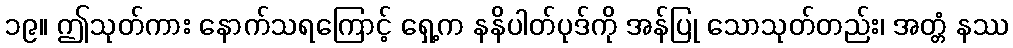
၁၉။ ဤသုတ်ကား နောက်သရကြောင့် ရှေ့က နနိပါတ်ပုဒ်ကို အန်ပြု သောသုတ်တည်း၊ အတ္တံ နဿ